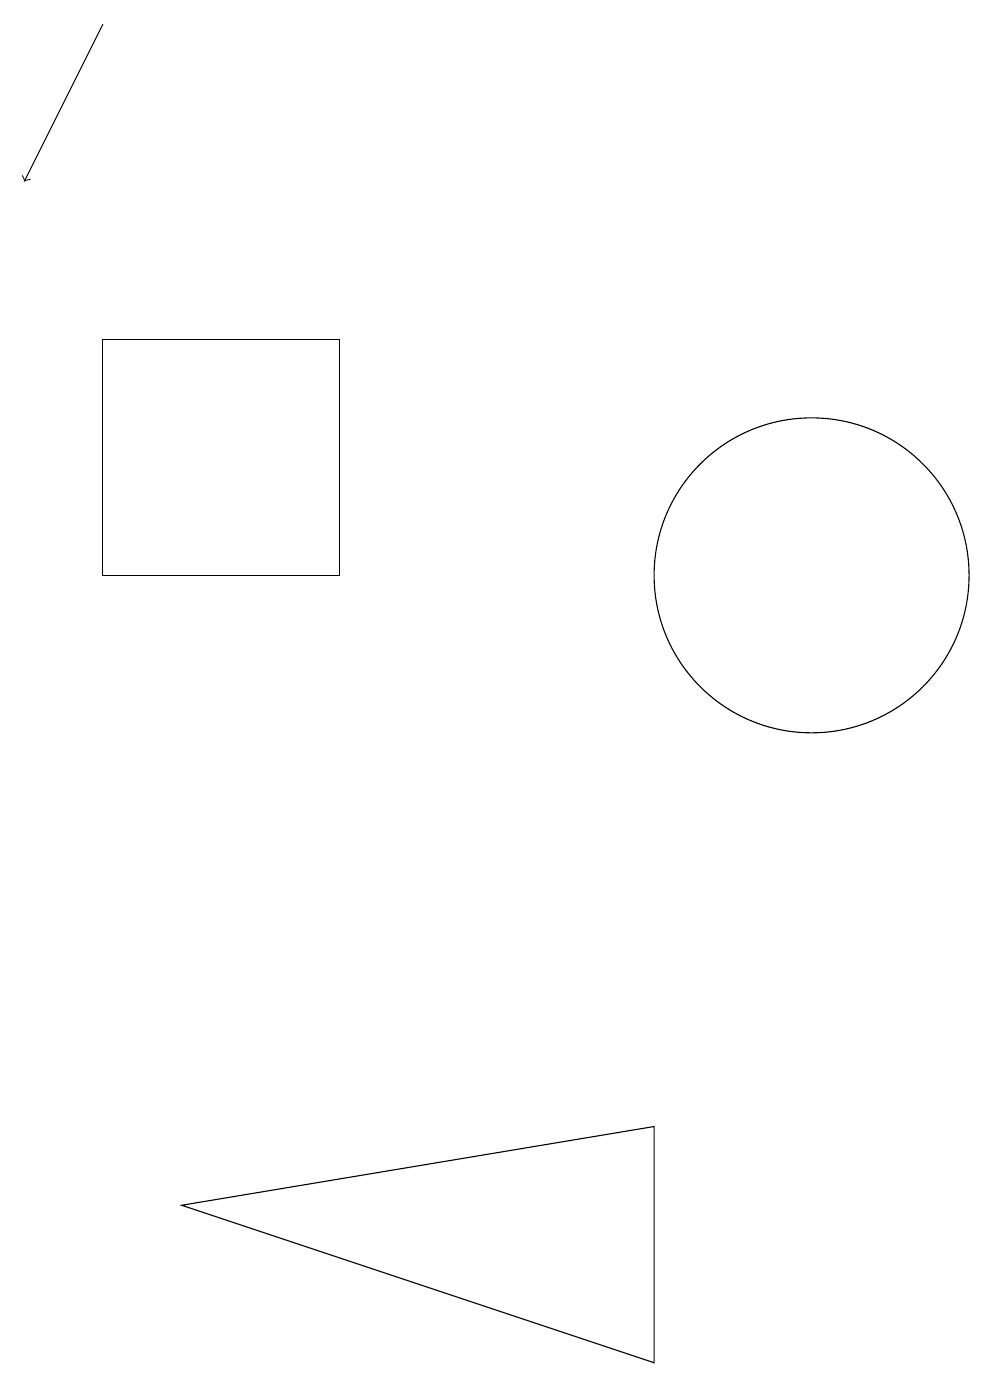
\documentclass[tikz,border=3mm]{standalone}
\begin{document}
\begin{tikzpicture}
\draw (4,12) rectangle (1,15);
\draw[->] (1,19) -- (0,17);
\draw (10,12) circle (2);
\draw (8,5) -- (2,4) -- (8,2) -- cycle;
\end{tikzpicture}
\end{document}